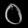
Digit: ၀